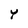
Character: Y